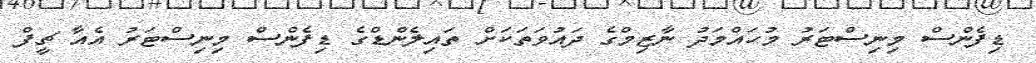
ޑިފެންސް މިނިސްޓަރު މުހައްމަދު ނާޒިމްގެ ދައުވަތަކަށް ތައިލެންޑްގެ ޑިފެންސް މިނިސްޓަރު އެއާ ޗީފް